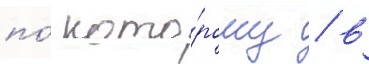
по́ кото́рому / в